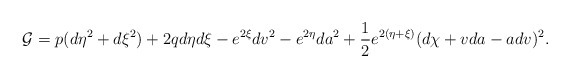
\begin{align*}{\cal G} =p(d\eta^2+d\xi^2)+2qd\eta d\xi -e^{2\xi} dv^2-e^{2\eta}da^2+\frac{1}{2}e^{2(\eta +\xi )}(d\chi +vda-adv)^2.\end{align*}